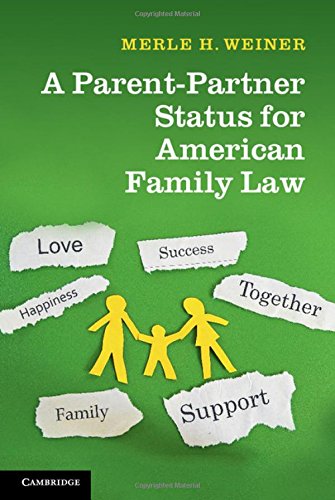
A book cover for A Parent-Partner Status for American Family Law; Merle H. Weiner; Law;